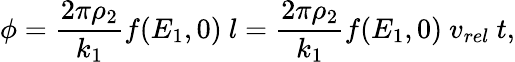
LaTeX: \phi=\frac{2\pi\rho_{2}}{k_{1}}f(E_{1},0)~l=\frac{2\pi\rho_{2}}{k_{1}}f(E_{1},0)~v_{rel}~t,